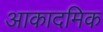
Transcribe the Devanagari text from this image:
आकादमिक